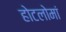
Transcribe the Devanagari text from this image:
होटलोमां